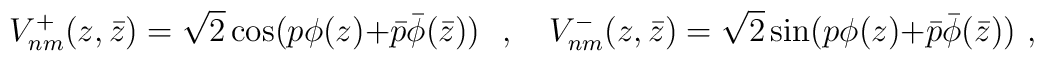
V_{nm}^{+}(z,\bar z) =\sqrt{2}\cos(p\phi(z){+}\bar p\bar\phi(\bar z))~~,~~~V_{nm}^{-}(z,\bar z) =\sqrt{2}\sin(p\phi(z){+}\bar p\bar\phi(\bar z))~,~~~